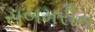
સબમરીન